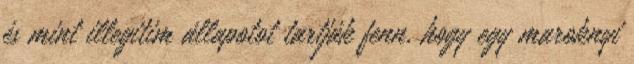
és mint illegitim állapotot tartják fenn, hogy egy maroknyi